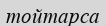
тойтарса